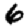
Digit: 6